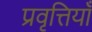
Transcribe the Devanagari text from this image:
प्रवृत्तियॉं